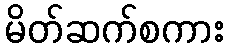
မိတ်ဆက်စကား